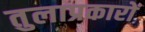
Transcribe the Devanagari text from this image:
तुलाप्रकारों